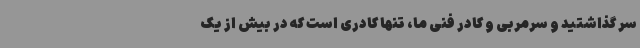
سر گذاشتید و سرمربی و کادر فنی ما، تنها کادری است که در بیش از یک